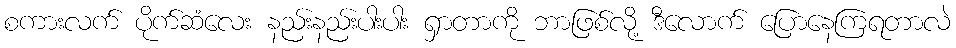
စကားလက် ပိုက်ဆံလေး နည်းနည်းပါးပါး ရှာတာကို ဘာဖြစ်လို့ ဒီလောက် ပြောနေကြရတာလဲ